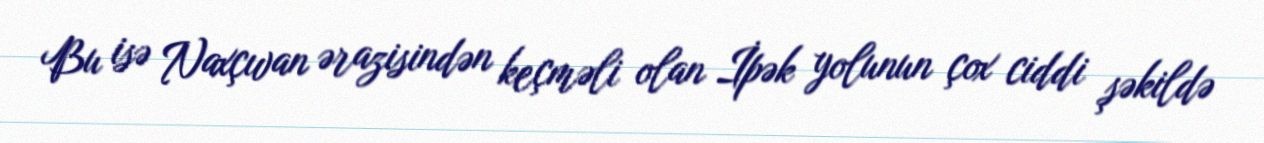
Bu isə Naxçıvan ərazisindən keçməli olan İpək yolunun çox ciddi şəkildə